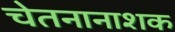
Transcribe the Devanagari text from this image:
चेतनानाशक